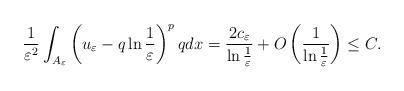
LaTeX: \begin{align*}\frac{1}{\varepsilon^2}\int_{A_\varepsilon}\left (u_\varepsilon-q\ln\frac{1}{\varepsilon}\right )^{p}qdx=\frac{2c_\varepsilon}{\ln\frac{1}{\varepsilon}}+O\left (\frac{1}{\ln\frac{1}{\varepsilon}}\right )\leq C.\end{align*}